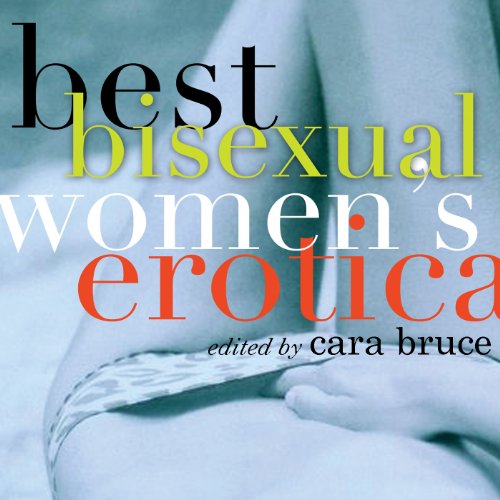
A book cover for Best Bisexual Women's Erotica; Cara Bruce; Romance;